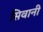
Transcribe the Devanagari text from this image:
सिवानी